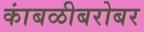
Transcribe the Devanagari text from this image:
कांबळीबरोबर